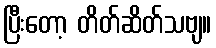
ပြီးတော့ တိတ်ဆိတ်သဗျ။